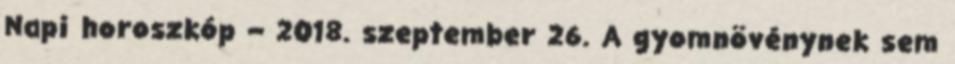
Napi horoszkóp – 2018. szeptember 26. A gyomnövénynek sem